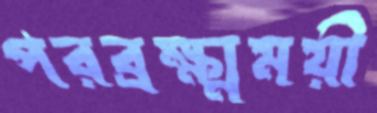
পরব্রক্ষ্মময়ী